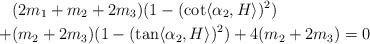
LaTeX: \begin{align*}&(2m_{1}+m_{2}+2m_{3})(1-(\cot \langle \alpha_{2}, H \rangle)^{2}) \\+&(m_{2}+2m_{3})(1-(\tan \langle \alpha_{2}, H \rangle )^{2}) +4(m_{2}+2m_{3})=0\end{align*}